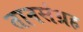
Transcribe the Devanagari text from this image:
तानसंग्रह